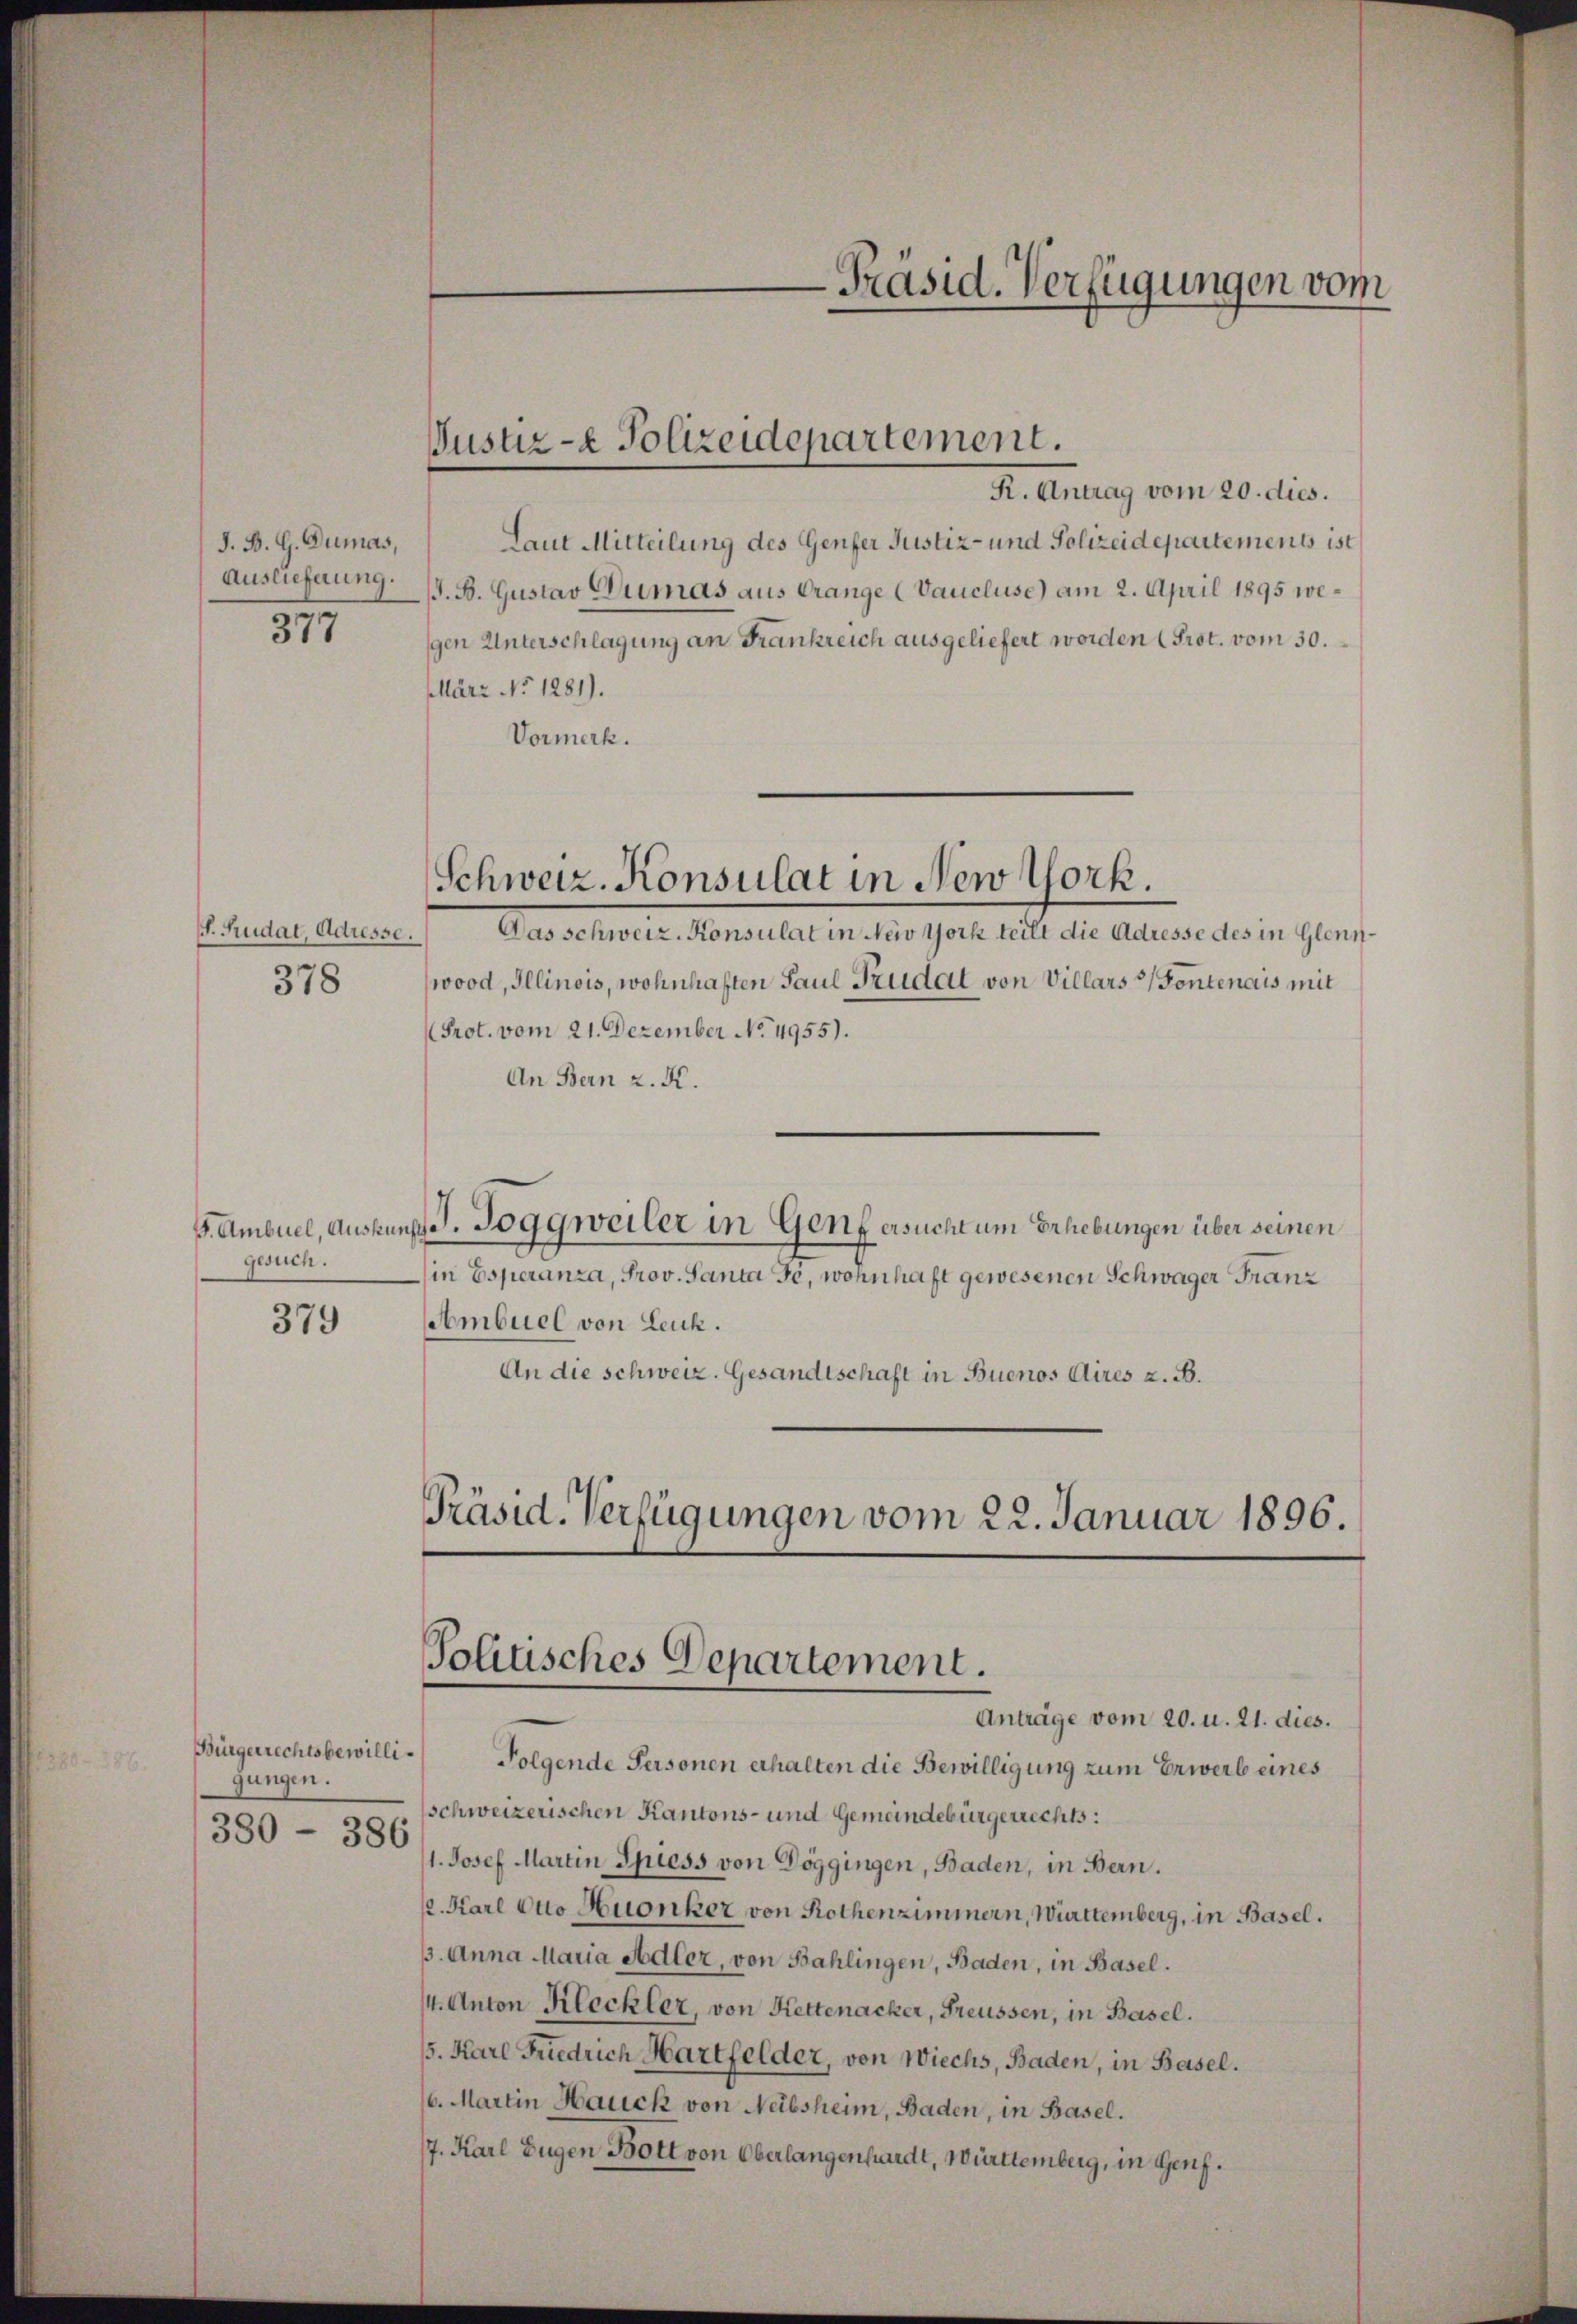
J. B. G. Dumas,
Auslieferung.
377

f. Trudat, Adresse
378

S. Ambuel, Ausku
gesuch.

379

Bürgerrechtsbewilligungen.
380 - 386

Justiz- & Polizeidepartement.

Schweiz. Konsulat in New York.

Präsid. Verfügungen vom

Politisches Departement.
Anträge vom 20. u. 21. dies.

R. Antrag vom 20. dies.
Laut Mitteilung des Genfer Justiz- und Polizeidepartements ist
G. B. Gustav Dumas aus Orange (Vaucluse) am 2. April 1895 wegen Unterschlagung an Frankreich ausgeliefert worden (Prot. vom 30.
März No 1281).
Vormerk.
Das schweiz. Konsulat in New York teilt die Adresse des in Glennwood, Illinois, wohnhaften Paul Sruidat von Villars (Fentenais mit
Prot. vom 21. Dezember No. 4955).
An Bern z. K.
J. Toggweiler in Genf ersucht um Erhebungen über seinen
(in Esperanza, Prov. Santa Je, wohnhaft gewesenen Schwager Franz
Ambuel von Leuk.
An die schweiz. Gesandtschaft in Buenos Aires z. B.
Präsid. Verfügungen vom 22. Januar 1896.

Folgende Personen erhalten die Bewilligung zum Erwerb eines
schweizerischen Kantons- und Gemeindebürgerrechts:
1. Josef Martin Spiess von Döggingen, Baden, in Bern.
p. Karl Otto Huonker von Rothenzimmern, Württemberg, in Basel.
p. Anna Maria Adler, von Bahlingen, Baden, in Basel.
14. Anton Kleckler, von Kettenacker, Freussen, in Basel.
/5. Karl Friedrich Hartfelder, von Wiechs, Baden, in Basel.
10. Martin Hauck von Neibsheim, Baden, in Basel.
7. Karl Eugen Bott von Oberlangenhardt, Württemberg, in Genf.